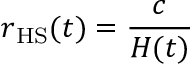
r _ { \mathrm { H S } } ( t ) = { \frac { c } { H ( t ) } }